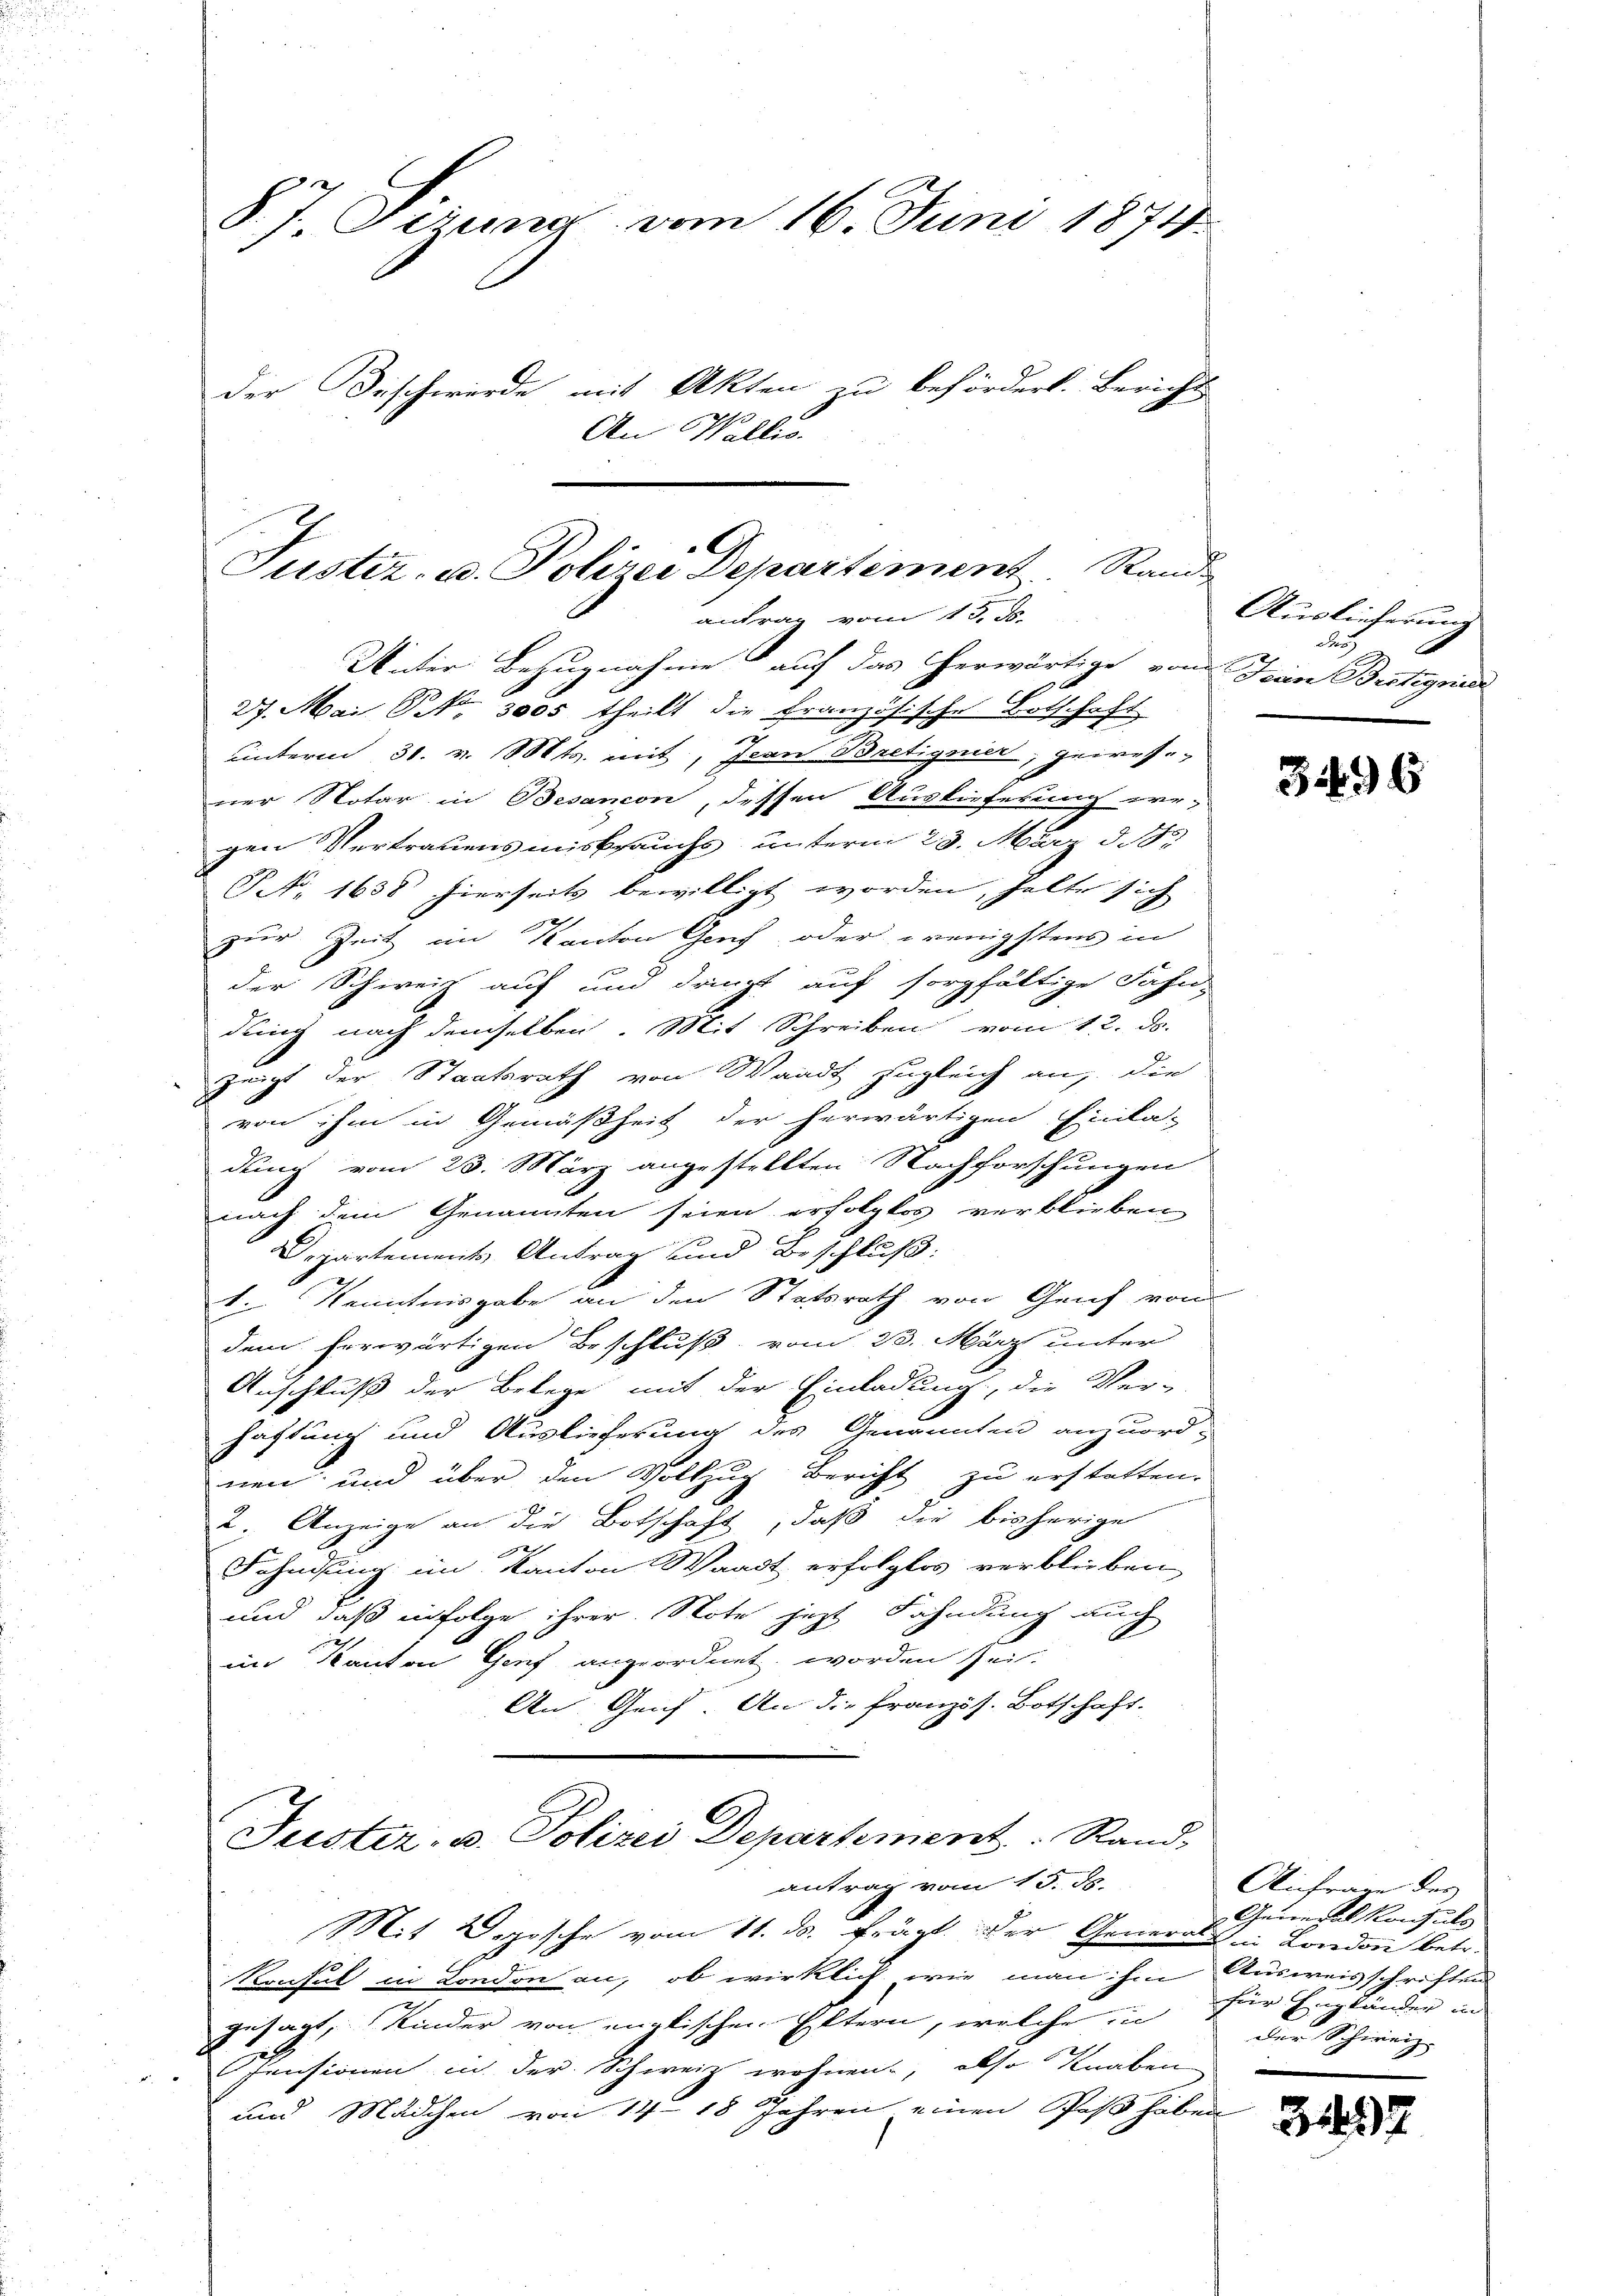
S. J. Verung vom 16. Juni 1874.
der Tischwerde mit Akten zu befördert. Bericht
2
An Wallis.

Justiz- u. Polizei Departement Stand
antrag vom 1. J
Unter Bezugnahme auf das herwärtige von Sein Brotigris

27. Mai NNo. 3005 theilt die Französische Botschaft
unterm 30. v. Mts. mit, Ican Bretignier, gewesener Notar in Besançon, dessen Auslieferung er-
gen Vertrauensmissauchs unterm 23. März d. d.
S N. 1638 hierseits bewilligt worden, halte sich
zur Zeit im Kanton Genf oder wenigstens in
der Schweiz auf und dringt auf sorgfältige Fahn-
dung nach demselben. Mit Schreiben vom 12. ds.
zeigt der Staatsrath von Waadt zugleich auf die
von ihm in Gemäßheit der herwärtigen Einla-
dung vom 23. März angestellten Nachforschungen
nach dem Genannten seien erfolglos verblieben
Departements Antrag und Beschluß:
1. Kenntnisgabe an den Statsrath von Genf von
dem herwärtigen Beschluß vom 23. März unter
Anschluß der Belege mit der Einladung, die Ver-
haftung und Auslieferung des Genannten anzuord-
nen und über den Vollzug Bericht zu erstatten.
2. Anzeige an die Botschaft, daß die bisherige
e
Fahndung im Kanton Waadt erfolglos verblieben
und daß infolge ihrer Note jetzt Fahndung auch
im Kanton Genf angeordnet worden sei.
An Geif. An die französ. Botschaft.
Juster. v. Polizei Departement   Rand-
antrag vom 15. ds.
Mit Deposche vom 11. ds. frägt. Der General in London betr.
Konsul in London an, ob wirklich, wie man ihm Ausweisschriften
gesagt, Kinder von englischen Eltern, welche in
Insionen in der Schweiz wohnen, also Knaben
und Mädchen von 14 18 Jahren einen Post haben

Auslieferung
des

3496

Anfrage des
Generalkonsuls
für Engländer in
Der Schweiz.

3197